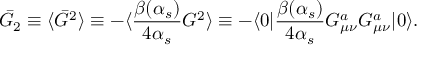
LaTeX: \bar { G } _ { 2 } \equiv \langle \bar { G } ^ { 2 } \rangle \equiv - \langle { \frac { \beta ( \alpha _ { s } ) } { 4 \alpha _ { s } } } G ^ { 2 } \rangle \equiv - \langle { 0 } | { \frac { \beta ( \alpha _ { s } ) } { 4 \alpha _ { s } } } G _ { \mu \nu } ^ { a } G _ { \mu \nu } ^ { a } | { 0 } \rangle .